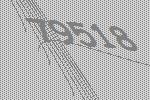
79518